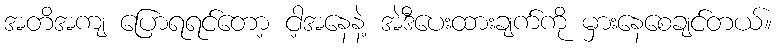
အတိအကျ ပြောရရင်တော့ ငါ့အနေနဲ့ အဲဒီပေးထားချက်ကို မှားနေစေချင်တယ်။